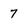
Character: 7